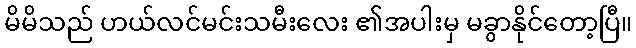
မိမိသည် ဟယ်လင်မင်းသမီးလေး ၏အပါးမှ မခွာနိုင်တော့ပြီ။